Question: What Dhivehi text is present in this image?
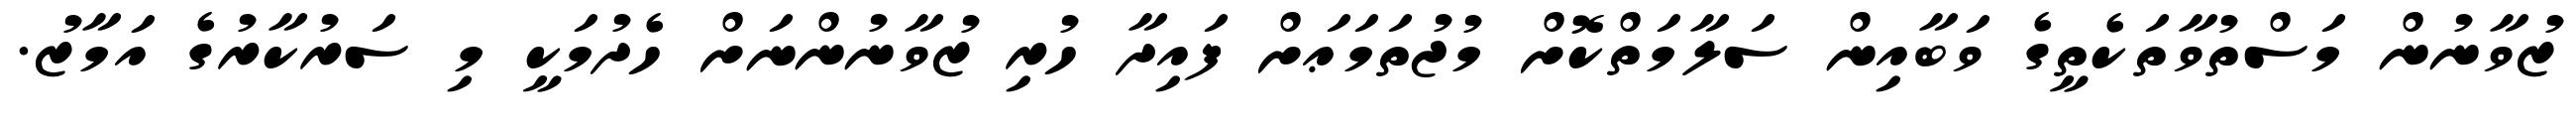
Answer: ޒުވާނުން މަސްތުވާތަކެތީގެ ވަބާއިން ސަލާމަތްކޮށް މުޖުތަމަޢަށް ފައިދާ ހުރި ޒުވާނުންނަށް ހެދުމަކީ މި ސަރުކާރުގެ އަމާޒު.